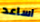
اساعد